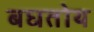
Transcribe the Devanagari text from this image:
बघतोय